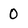
Character: 0